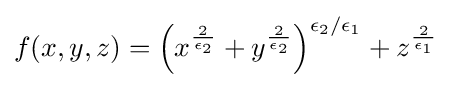
f(x,y,z)=\left(x^{\frac {2}{\epsilon _{2}}}+y^{\frac {2}{\epsilon _{2}}}\right)^{\epsilon _{2}/\epsilon _{1}}+z^{\frac {2}{\epsilon _{1}}}